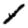
Digit: 1